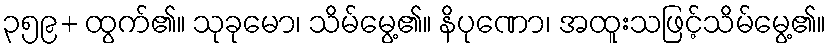
၃၅၉+ ထွက်၏။ သုခုမော၊ သိမ်မွေ့၏။ နိပုဏော၊ အထူးသဖြင့်သိမ်မွေ့၏။